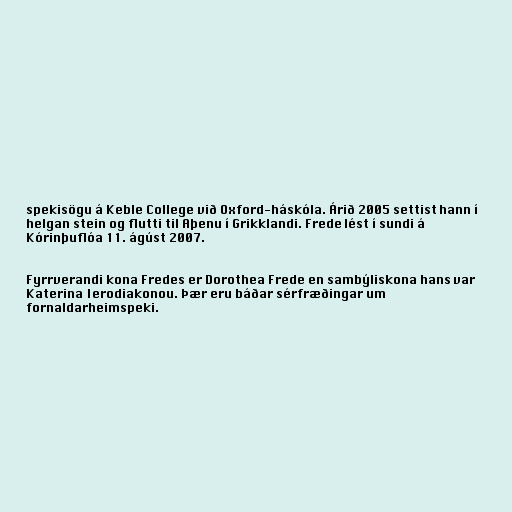
spekisögu á Keble College við Oxford-háskóla. Árið 2005 settist hann í
helgan stein og flutti til Aþenu í Grikklandi. Frede lést í sundi á
Kórinþuflóa 11. ágúst 2007.

Fyrrverandi kona Fredes er Dorothea Frede en sambýliskona hans var
Katerina Ierodiakonou. Þær eru báðar sérfræðingar um
fornaldarheimspeki.